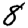
Digit: 8